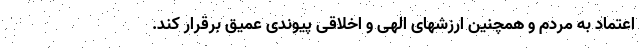
اعتماد به مردم و همچنین ارزشهای الهی و اخلاقی پیوندی عمیق برقرار کند.